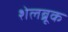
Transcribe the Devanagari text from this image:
शेलब्रूक